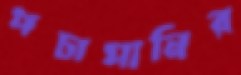
পচাপানির